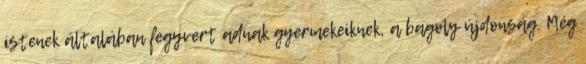
istenek általában fegyvert adnak gyermekeiknek, a bagoly újdonság. Még